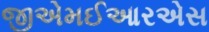
જીએમઈઆરએસ